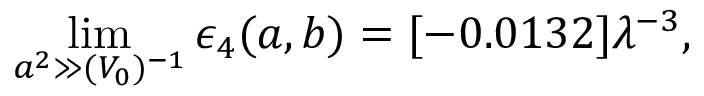
\operatorname * { l i m } _ { a ^ { 2 } \gg ( V _ { 0 } ) ^ { - 1 } } \epsilon _ { 4 } ( a , b ) = [ - 0 . 0 1 3 2 ] \lambda ^ { - 3 } ,